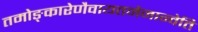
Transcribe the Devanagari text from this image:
तमोङ्कारेणैवायतनेनान्वेति